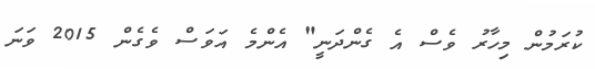
ކުރަމުން މިހާރު ވެސް އެ ގެންދަނީ" އެންމެ އަވަސް ވެގެން 2015 ވަނަ